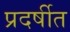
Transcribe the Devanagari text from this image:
प्रदर्षीत